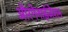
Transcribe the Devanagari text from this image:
औरगेनाईजेशन